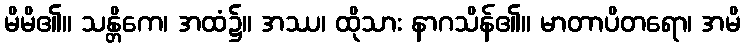
မိမိ၏။ သန္တိကေ၊ အထံ၌။ အဿ၊ ထိုသား နာဂသိန်၏။ မာတာပိတရော၊ အမိ